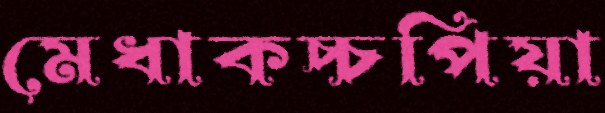
মেধাকচ্চপিয়া